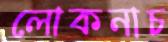
লোকনাচ